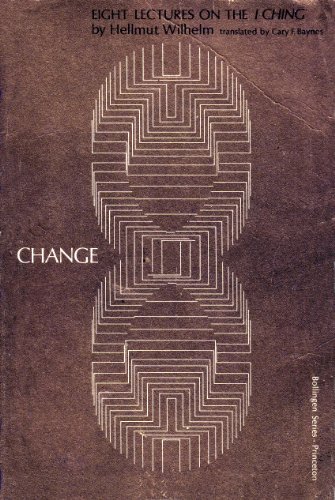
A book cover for Change: Eight Lectures on the "I Ching" (Bollingen Series (General)); Hellmut Wilhelm; Religion & Spirituality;